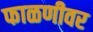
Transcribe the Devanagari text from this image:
फाळणीवर